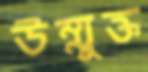
উম্মুক্ত